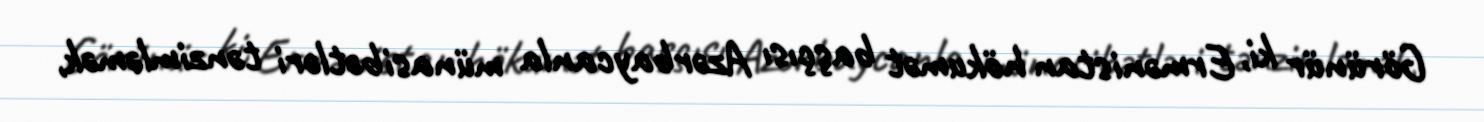
Görünür ki, Ermənistan hökumət başçısı Azərbaycanla münasibətləri tənzimləmək,